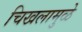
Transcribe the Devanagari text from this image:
चिखलामुळे